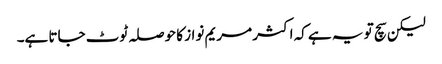
لیکن سچ تو یہ ہے کہ اکثر مریم نواز کا حوصلہ ٹوٹ جاتا ہے۔